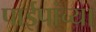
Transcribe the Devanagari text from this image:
पाईपांच्या